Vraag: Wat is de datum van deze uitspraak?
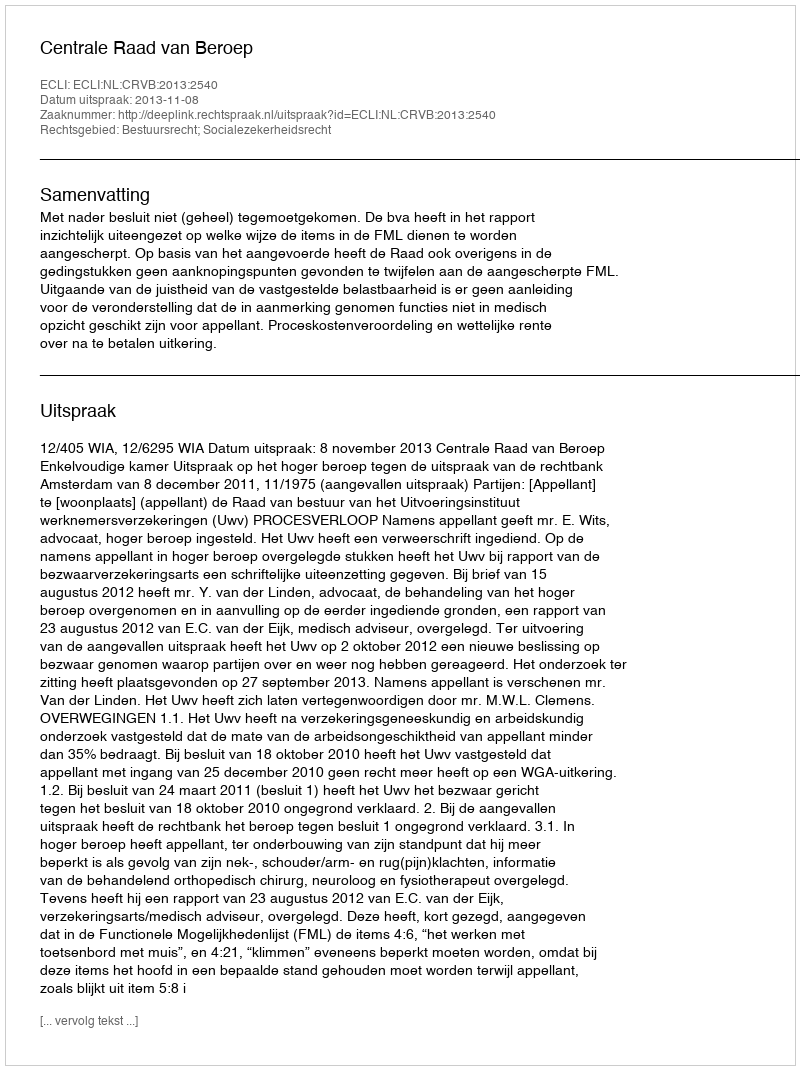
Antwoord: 2013-11-08